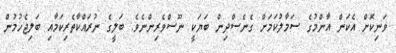
ވަނިކޮށް އެކަން އާންމުގެ ސަމާލުކަމަށް ގެނެސްދިން ބަޔަކީ ނޫސްވެރިންނެވެ. ބަލީގެ ނުރައްކާތެރިކަމާއި ބަލިޖެހުމުން